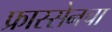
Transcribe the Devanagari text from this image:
फ्रास्सेनचा